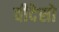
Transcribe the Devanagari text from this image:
वीदेसो